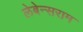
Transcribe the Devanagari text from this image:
लेबेन्सराम